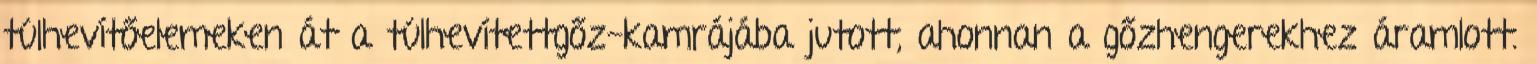
túlhevítőelemeken át a túlhevítettgőz-kamrájába jutott, ahonnan a gőzhengerekhez áramlott.